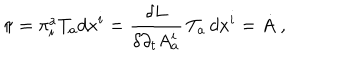
\pi = \pi _ { i } ^ { a } T _ { a } d x ^ { i } = \frac { \delta L } { \delta \partial _ { t } A _ { a } ^ { i } } \, T _ { a } \, d x ^ { i } = \dot { A } \; ,